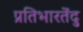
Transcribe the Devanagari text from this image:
प्रतिभारतेंदु